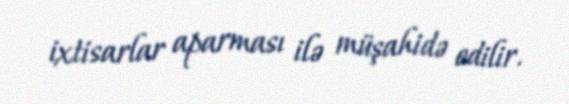
ixtisarlar aparması ilə müşahidə edilir.